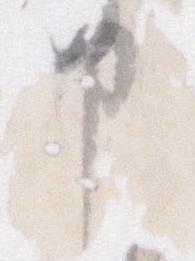
申